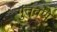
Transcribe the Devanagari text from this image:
गुंतवणे